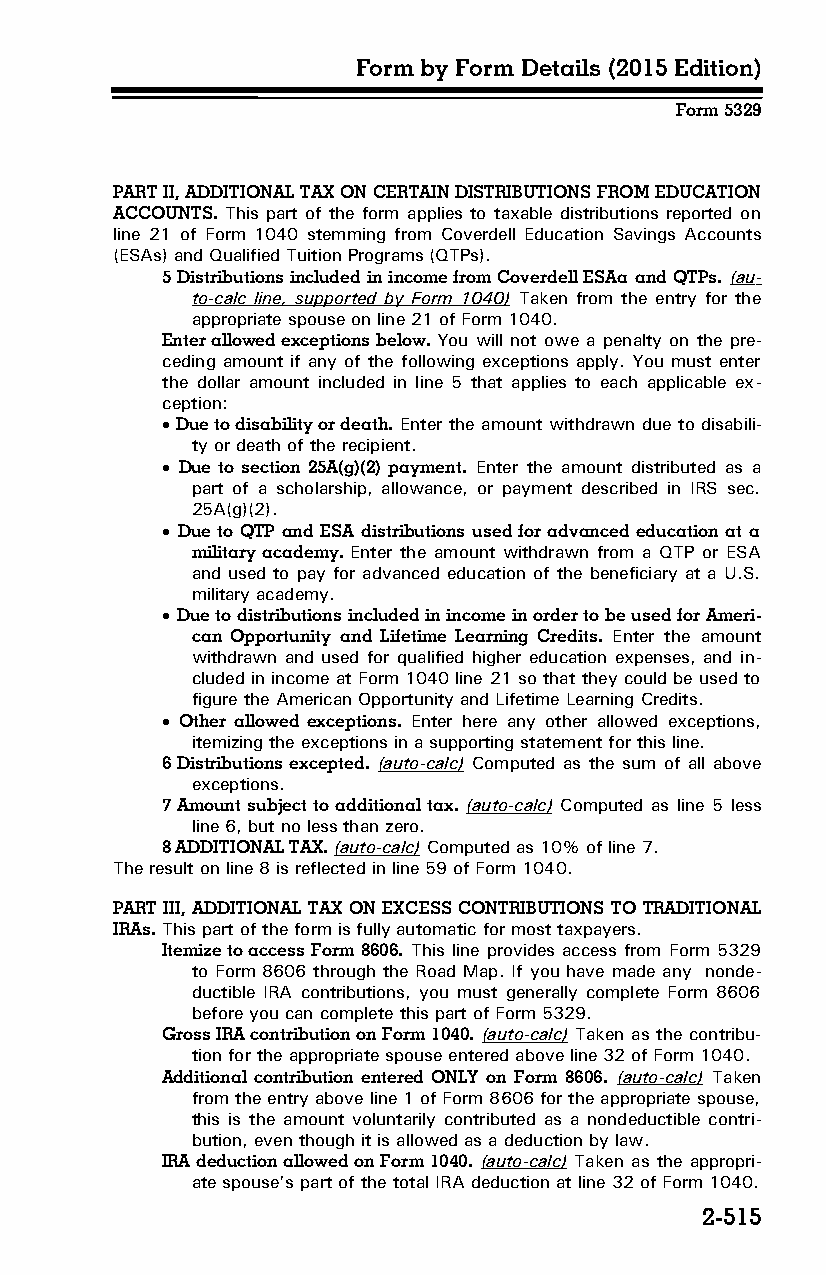
Form by Form Details (2015 Edition)
 Form 5329
 PART II, ADDITIONAL TAX ON CERTAIN DISTRIBUTIONS FROM EDUCATION
 ACCOUNTS. This part of the form applies to taxable distributions reported on
 line 21 of Form 1040 stemming from Coverdell Education Savings Accounts
 (ESAs) and Qualified Tuition Programs (QTPs).
 5 Distributions included in income from Coverdell ESAa and QTPs. (au­
 to-calc line, supported by Form 1040) Taken from the entry for the
 appropriate spouse on line 21 of Form 1040.
 Enter allowed exceptions below. You will not owe a penalty on the pre­
 ceding amount if any of the following exceptions apply. You must enter
 the dollar amount included in line 5 that applies to each applicable ex­
 ception:
  Due to disability or death. Enter the amount withdrawn due to disabili­
 ty or death of the recipient.
  Due to section 25A(g)(2) payment. Enter the amount distributed as a
 part of a scholarship, allowance, or payment described in IRS sec.
 25A(g)(2).
  Due to QTP and ESA distributions used for advanced education at a
 military academy. Enter the amount withdrawn from a QTP or ESA
 and used to pay for advanced education of the beneficiary at a U.S.
 military academy.
  Due to distributions included in income in order to be used for Ameri­
 can Opportunity and Lifetime Learning Credits. Enter the amount
 withdrawn and used for qualified higher education expenses, and in­
 cluded in income at Form 1040 line 21 so that they could be used to
 figure the American Opportunity and Lifetime Learning Credits.
  Other allowed exceptions. Enter here any other allowed exceptions,
 itemizing the exceptions in a supporting statement for this line.
 6 Distributions excepted. (auto-calc) Computed as the sum of all above
 exceptions.
 7 Amount subject to additional tax. (auto-calc) Computed as line 5 less
 line 6, but no less than zero.
 8 ADDITIONAL TAX. (auto-calc) Computed as 10% of line 7.
 The result on line 8 is reflected in line 59 of Form 1040.
 PART III, ADDITIONAL TAX ON EXCESS CONTRIBUTIONS TO TRADITIONAL
 IRAs. This part of the form is fully automatic for most taxpayers.
 Itemize to access Form 8606. This line provides access from Form 5329
 to Form 8606 through the Road Map. If you have made any nonde­
 ductible IRA contributions, you must generally complete Form 8606
 before you can complete this part of Form 5329.
 Gross IRA contribution on Form 1040. (auto-calc) Taken as the contribu­
 tion for the appropriate spouse entered above line 32 of Form 1040.
 Additional contribution entered ONLY on Form 8606. (auto-calc) Taken
 from the entry above line 1 of Form 8606 for the appropriate spouse,
 this is the amount voluntarily contributed as a nondeductible contri­
 bution, even though it is allowed as a deduction by law.
 IRA deduction allowed on Form 1040. (auto-calc) Taken as the appropri­
 ate spouse’s part of the total IRA deduction at line 32 of Form 1040.
 2-515